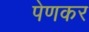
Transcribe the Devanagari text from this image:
पेणकर